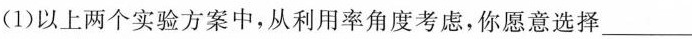
(1)以上两个实验方案中，从利用率角度考虑，你愿意选择___